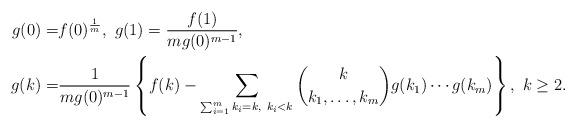
LaTeX: \begin{align*} g(0)=&f(0)^{\frac{1}{m}},~g(1)=\frac{f(1)}{mg(0)^{m-1}},\\ g(k)=&\frac{1}{m g(0)^{m-1}}\left\{f(k)-\sum_{\sum_{i=1}^{m}k_i=k,~k_i<k} {k\choose k_1,\ldots,k_m}g(k_1)\cdots g(k_m)\right\},~k\geq 2.\end{align*}